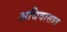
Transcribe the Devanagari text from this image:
अधिवासात